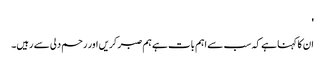
'
ان کا کہنا ہے کہ سب سے اہم بات ہے ہم صبر کریں اور رحم دلی سے رہیں۔